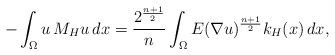
\begin{align*}- \int_\Omega u \, M_Hu\, dx = \frac {2^{\frac {n+1}2}}n\int_\Omega E(\nabla u)^{\frac {n+1}2}k_H(x)\, dx,\end{align*}